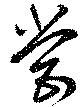
営